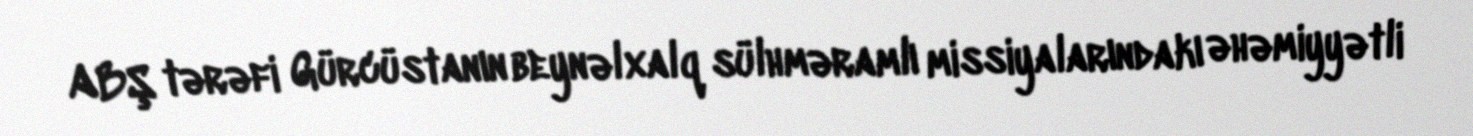
ABŞ tərəfi Gürcüstanın beynəlxalq sülhməramlı missiyalarındakı əhəmiyyətli